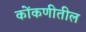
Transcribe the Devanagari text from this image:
कोंकणीतील